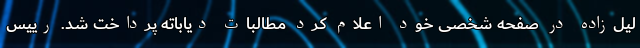
لیل‌زاده در صفحه شخصی خود اعلام کرد مطالبات دیاباته پرداخت شد. رییس